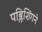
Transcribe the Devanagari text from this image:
पब्लिशिंगने